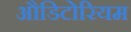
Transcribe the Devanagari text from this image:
औडिटोरियम